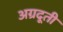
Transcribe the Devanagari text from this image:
अग्रदूती